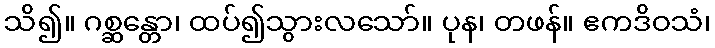
သိ၍။ ဂစ္ဆန္တော၊ ထပ်၍သွားလသော်။ ပုန၊ တဖန်။ ဧကဒိဝသံ၊